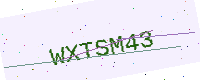
Text: WXTSM43